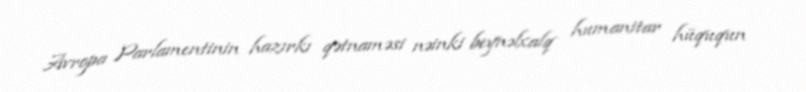
Avropa Parlamentinin hazırkı qətnaməsi nəinki beynəlxalq humanitar hüququn